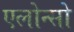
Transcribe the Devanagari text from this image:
एलोन्सो